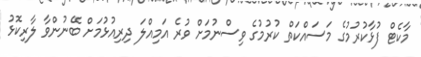
މާކެޓް ފުޅާކުރުމުގެ މަސައްކަތް ކުރުމުގެ ވިސްނުމަށް ވުރެ އަމިއްލަ ދިރިއުޅުމަށް ބޭނުންވާ ލާރިކޮޅު